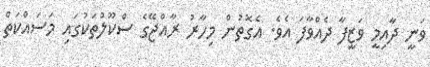
ވަނީ ދާއިމީ ވަޒީފާ ދެއްވާފަ އެވެ. އެގޮތުން މިހާރު ރާއްޖޭގެ ސްކޫލުތަކުގައި މަސައްކަތް